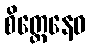
စိတ္တေနေဝ